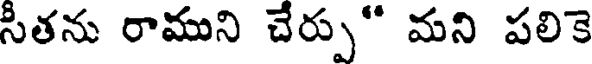
సీతను రాముని చేర్పు" మని పలికె